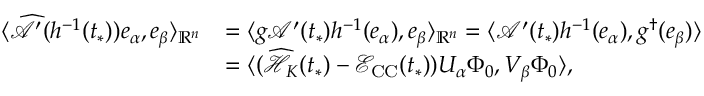
\begin{array} { r l } { \langle \widehat { \mathcal { A } } ^ { \prime } ( h ^ { - 1 } ( t _ { * } ) ) e _ { \alpha } , e _ { \beta } \rangle _ { \mathbb { R } ^ { n } } } & { = \langle g \mathcal { A } ^ { \prime } ( t _ { * } ) h ^ { - 1 } ( e _ { \alpha } ) , e _ { \beta } \rangle _ { \mathbb { R } ^ { n } } = \langle \mathcal { A } ^ { \prime } ( t _ { * } ) h ^ { - 1 } ( e _ { \alpha } ) , g ^ { \dag } ( e _ { \beta } ) \rangle } \\ & { = \langle ( \widehat { \mathcal { H } _ { K } } ( t _ { * } ) - \mathcal { E } _ { \mathrm { C C } } ( t _ { * } ) ) U _ { \alpha } \Phi _ { 0 } , V _ { \beta } \Phi _ { 0 } \rangle , } \end{array}